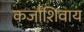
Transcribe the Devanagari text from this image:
कर्जाशिवाय